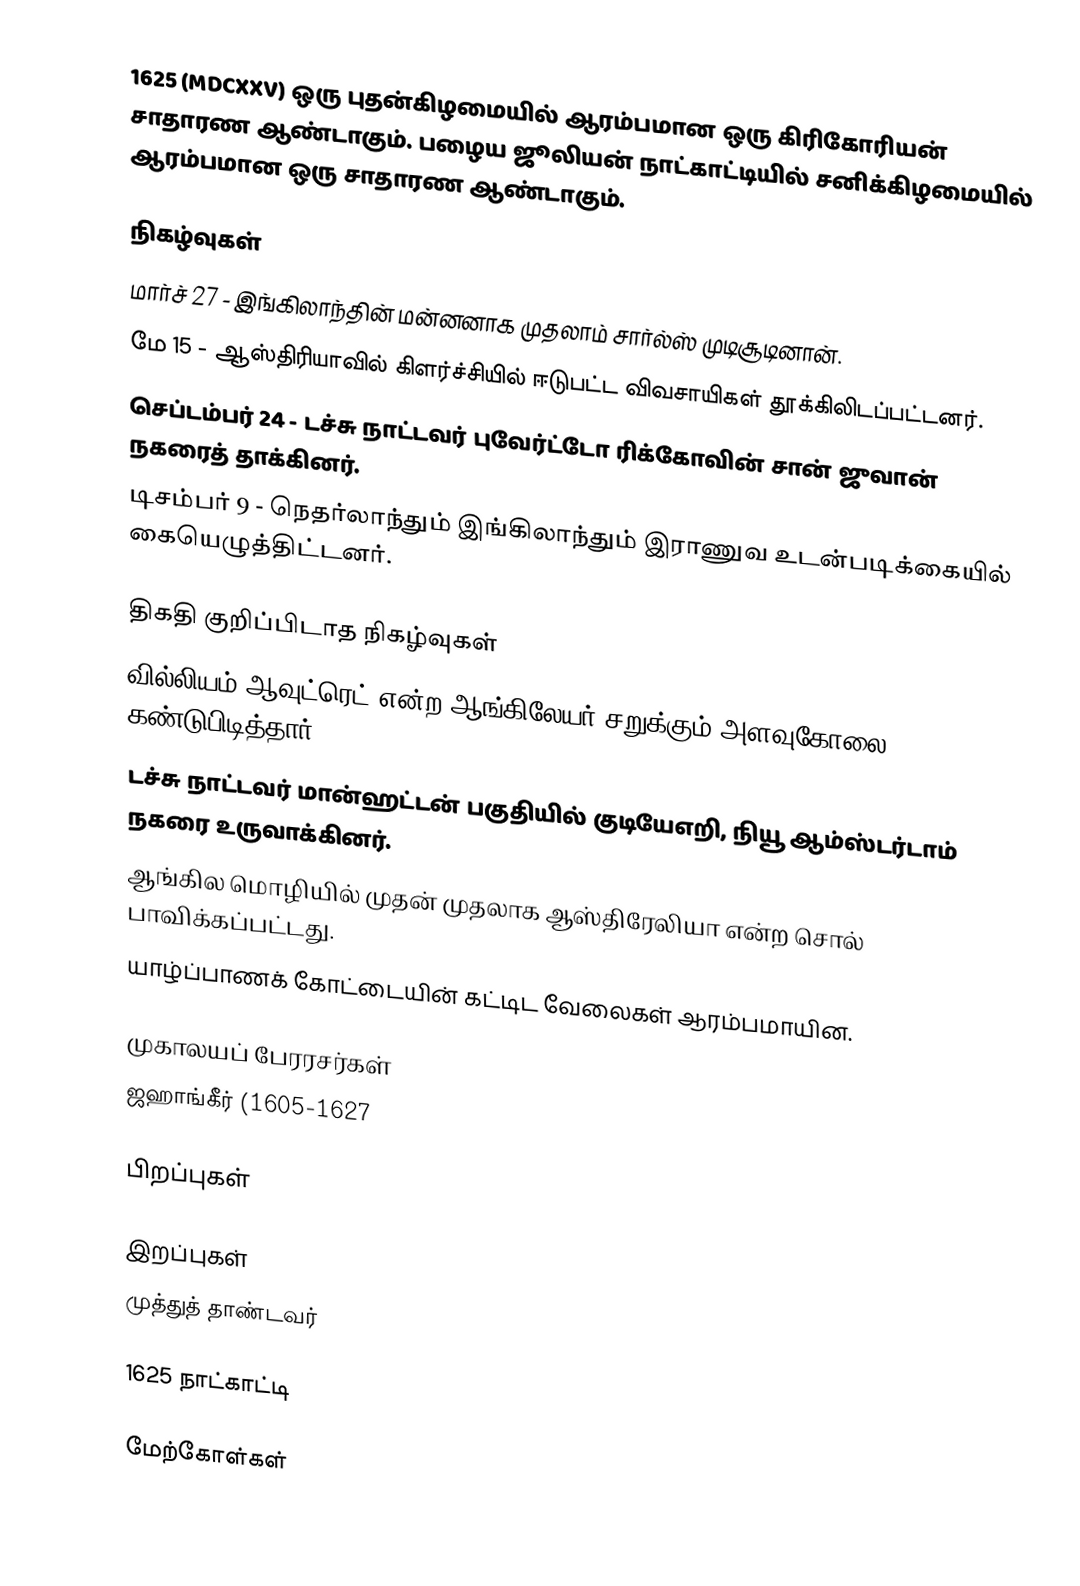
1625 (MDCXXV) ஒரு புதன்கிழமையில் ஆரம்பமான ஒரு கிரிகோரியன் சாதாரண ஆண்டாகும். பழைய ஜூலியன் நாட்காட்டியில் சனிக்கிழமையில் ஆரம்பமான ஒரு சாதாரண ஆண்டாகும்.

நிகழ்வுகள்
 மார்ச் 27 - இங்கிலாந்தின் மன்னனாக முதலாம் சார்ல்ஸ் முடிசூடினான்.
 மே 15 - ஆஸ்திரியாவில் கிளர்ச்சியில் ஈடுபட்ட விவசாயிகள் தூக்கிலிடப்பட்டனர்.
 செப்டம்பர் 24 - டச்சு நாட்டவர் புவேர்ட்டோ ரிக்கோவின் சான் ஜுவான் நகரைத் தாக்கினர்.
 டிசம்பர் 9 - நெதர்லாந்தும் இங்கிலாந்தும் இராணுவ உடன்படிக்கையில் கையெழுத்திட்டனர்.

திகதி குறிப்பிடாத நிகழ்வுகள்
 வில்லியம் ஆவுட்ரெட் என்ற ஆங்கிலேயர் சறுக்கும் அளவுகோலை (slide rule) கண்டுபிடித்தார்.
 டச்சு நாட்டவர் மான்ஹட்டன் பகுதியில் குடியேஎறி, நியூ ஆம்ஸ்டர்டாம் நகரை உருவாக்கினர்.
 ஆங்கில மொழியில் முதன் முதலாக ஆஸ்திரேலியா என்ற சொல் பாவிக்கப்பட்டது.
 யாழ்ப்பாணக் கோட்டையின் கட்டிட வேலைகள் ஆரம்பமாயின.

முகாலயப் பேரரசர்கள்
 ஜஹாங்கீர் (1605-1627

பிறப்புகள்

இறப்புகள்
 முத்துத் தாண்டவர்

1625 நாட்காட்டி

மேற்கோள்கள்